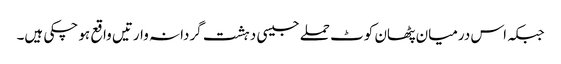
جبکہ اس درمیان پٹھان کوٹ حملے جیسی دہشت گردانہ وارتیں واقع ہو چکی ہیں۔